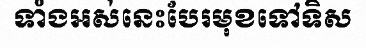
ទាំងអស់នេះបែរមុខទៅទិស